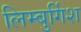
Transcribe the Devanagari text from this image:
लिम्बुर्गिश